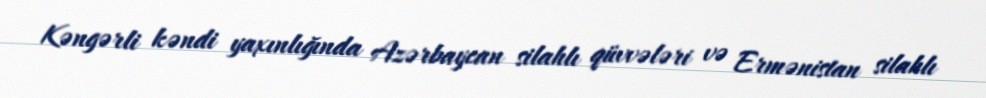
Kəngərli kəndi yaxınlığında Azərbaycan silahlı qüvvələri və Ermənistan silahlı